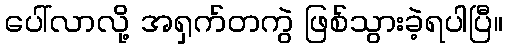
ပေါ်လာလို့ အရှက်တကွဲ ဖြစ်သွားခဲ့ရပါပြီ။